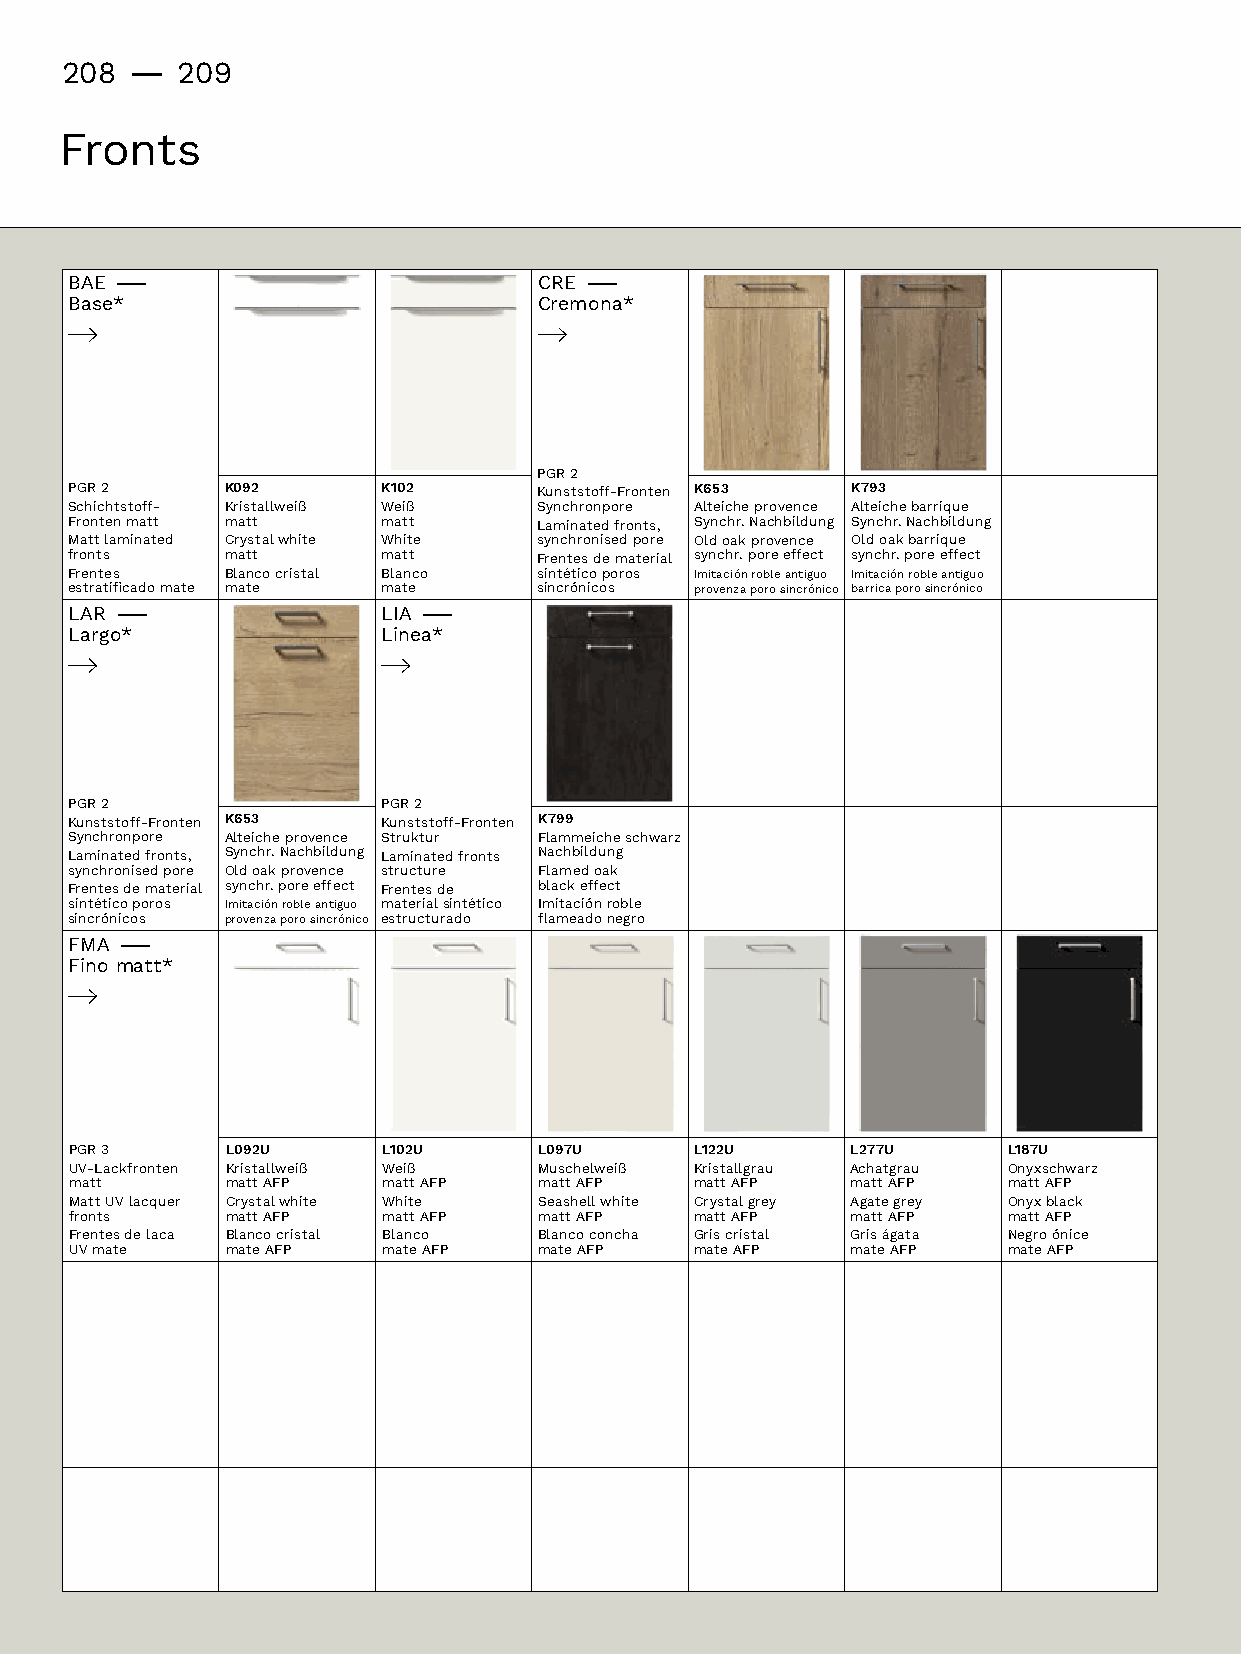
208 -   209
 Fronts
 BAE –                           CRE –
 Base*                           Cremona*
 PGR 2
 PGR 2      K092      K102       Kunststoff-Fronten K653 K793
 Schichtstoff- Kristallweiß Weiß Synchronpore Alteiche provence Alteichebarrique
 Fronten matt matt    matt       Laminatedfronts, Synchr.Nachbildung Synchr.Nachbildung
 Mattlaminated Crystalwhite White synchronisedpore Old oak provence Oldoakbarrique
 fronts     matt      matt       Frentes de material synchr.poreeffect synchr.poreeffect
 Frentes    Blanco cristal Blanco sintéticoporos Imitaciónrobleantiguo Imitaciónrobleantiguo
 estratificadomate mate mate    sincrónicos provenzaporosincrónico barricaporosincrónico
 LAR –                LIA –
 Largo*               Linea*
 PGR 2                PGR 2
 Kunststoff-Fronten K653 Kunststoff-Fronten K799
 Synchronpore Alteiche provence Struktur Flammeicheschwarz
 Laminatedfronts, Synchr.Nachbildung Laminated fronts Nachbildung
 synchronisedpore Old oak provence structure Flamed oak
 Frentes de material synchr.poreeffect Frentes de blackeffect
 sintéticoporos Imitaciónrobleantiguo materialsintético Imitaciónroble
 sincrónicos provenzaporosincrónico estructurado flameadonegro
 FMA–
 Finomatt*
 PGR 3     L092U     L102U      L097U     L122U     L277U      L187U
 UV-Lackfronten Kristallweiß Weiß Muschelweiß Kristallgrau Achatgrau Onyxschwarz
 matt      matt AFP  matt AFP   matt AFP  matt AFP  matt AFP   matt AFP
 MattUVlacquer Crystalwhite White Seashell white Crystalgrey Agategrey Onyxblack
 fronts    matt AFP  matt AFP   matt AFP  matt AFP  matt AFP   matt AFP
 Frentes de laca Blanco cristal Blanco Blanco concha Gris cristal Gris ágata Negroónice
 UVmate   mate AFP  mate AFP   mate AFP  mate AFP  mate AFP   mate AFP